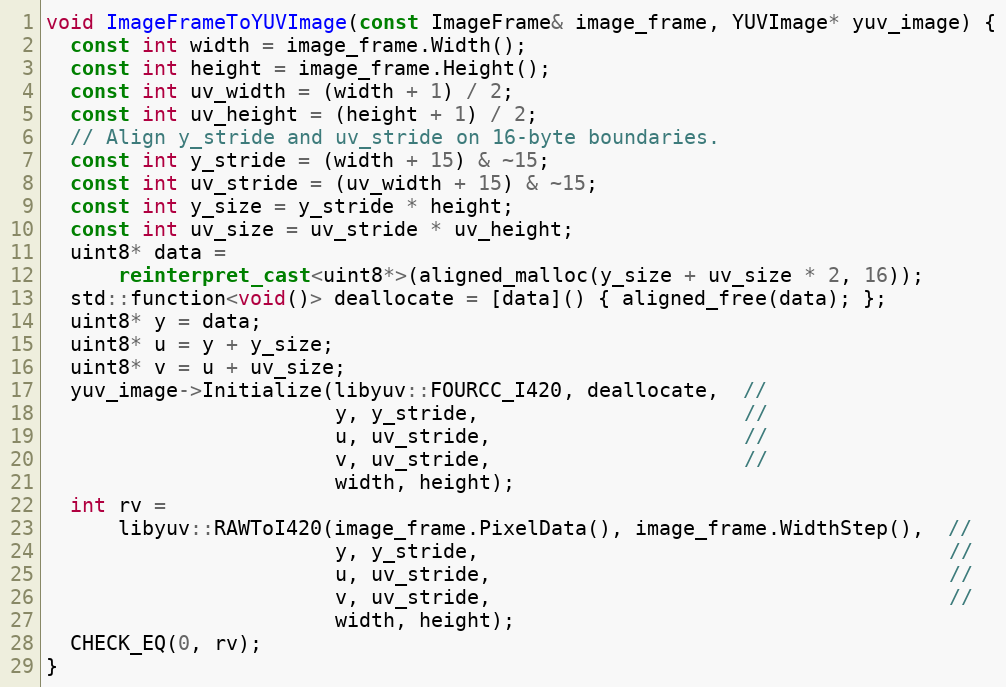
Language: C++
void ImageFrameToYUVImage(const ImageFrame& image_frame, YUVImage* yuv_image) {
  const int width = image_frame.Width();
  const int height = image_frame.Height();
  const int uv_width = (width + 1) / 2;
  const int uv_height = (height + 1) / 2;
  // Align y_stride and uv_stride on 16-byte boundaries.
  const int y_stride = (width + 15) & ~15;
  const int uv_stride = (uv_width + 15) & ~15;
  const int y_size = y_stride * height;
  const int uv_size = uv_stride * uv_height;
  uint8* data =
      reinterpret_cast<uint8*>(aligned_malloc(y_size + uv_size * 2, 16));
  std::function<void()> deallocate = [data]() { aligned_free(data); };
  uint8* y = data;
  uint8* u = y + y_size;
  uint8* v = u + uv_size;
  yuv_image->Initialize(libyuv::FOURCC_I420, deallocate,  //
                        y, y_stride,                      //
                        u, uv_stride,                     //
                        v, uv_stride,                     //
                        width, height);
  int rv =
      libyuv::RAWToI420(image_frame.PixelData(), image_frame.WidthStep(),  //
                        y, y_stride,                                       //
                        u, uv_stride,                                      //
                        v, uv_stride,                                      //
                        width, height);
  CHECK_EQ(0, rv);
}